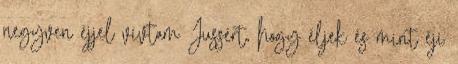
negyven éjjel vívtam Jussért, hogy éljek és mint éji